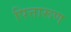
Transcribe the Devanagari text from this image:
पित्तारूण